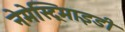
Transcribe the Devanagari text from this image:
नेमेस्ट्रिमाइडी